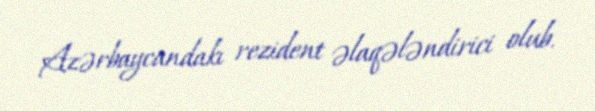
Azərbaycandakı rezident əlaqələndirici olub.